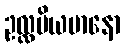
ဥလ္လပိယမာနော